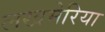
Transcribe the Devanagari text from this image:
लखमेरिया